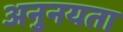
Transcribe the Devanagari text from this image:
अनुनयता